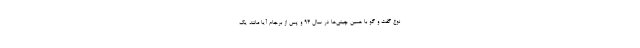
نوع گفت و گو با همین چینی‌ها در سال 94 و پس از برجام آیا مانند یک